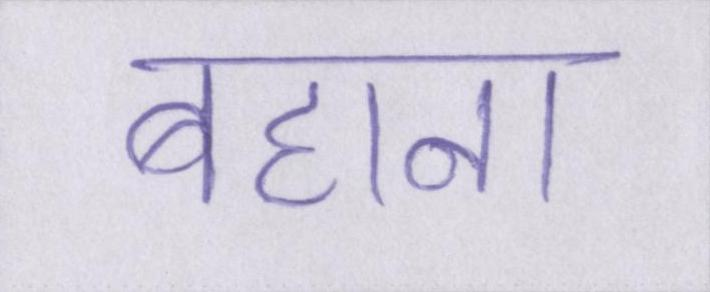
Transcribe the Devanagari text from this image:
बहाना